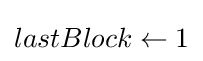
lastBlock\leftarrow 1